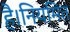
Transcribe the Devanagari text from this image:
है।नियमित